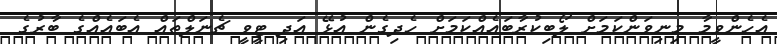
އެހެންވީމާ މިނިވަންކަމަށް ލޯބިކުރާބައެއްކަމަށް ހެދިގެން އުޅޭ އަދި ޓީވީ ޗެނަލްތައް އެބައެއްގެ ބާރުގެ